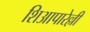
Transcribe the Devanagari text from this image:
शिआपारेल्ली